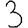
Digit: 3